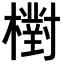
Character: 𣝉